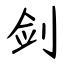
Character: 剑